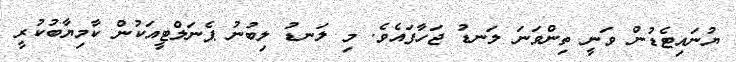
ޔުނައިޓެޑުން ވަނީ ތިންވަނަ ލަނޑު ޖަހާފައެވެ. މި ލަނޑު ލިބުނު ޕެނަލްޓީއަކުން ކާމިޔާބުކުރީ